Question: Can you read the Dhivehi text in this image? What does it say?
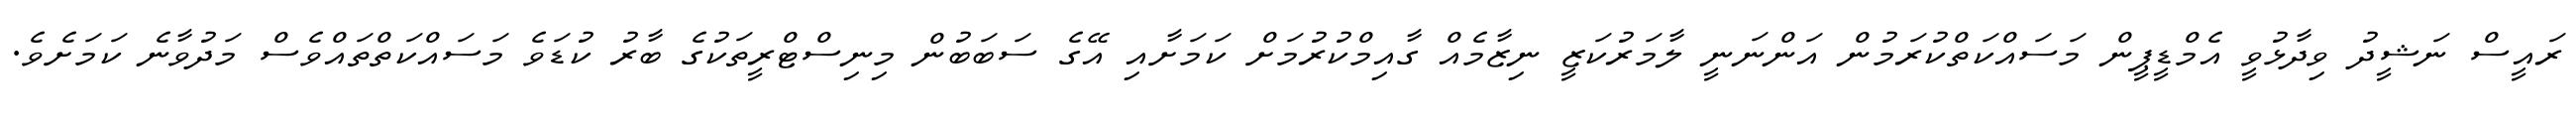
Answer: ރައީސް ނަޝީދު ވިދާޅުވީ އެމްޑީޕީން މަސައްކަތްކުރަމުން އަންނަނީ ލާމަރުކަޒީ ނިޒާމެއް ގާއިމްކުރުމަށް ކަމަށާއި އޭގެ ސަބަބުން މިނިސްޓްރީތަކުގެ ބާރު ކުޑަވެ މަސައްކަތްތައްވެސް މަދުވާނެ ކަމަށެވެ.